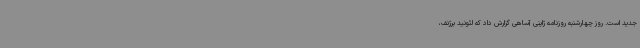
جدید است. روز چهارشنبه روزنامه ژاپنی آساهی گزارش داد که لئونید برژنف،